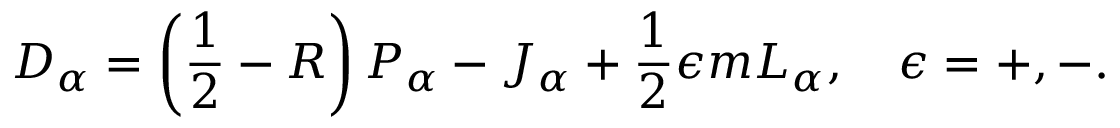
{ \cal D } _ { \alpha } = \left( \frac { 1 } { 2 } - R \right) { \cal P } _ { \alpha } - { \cal J } _ { \alpha } + \frac { 1 } { 2 } \epsilon m { \cal L } _ { \alpha } , \quad \epsilon = + , - .